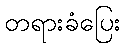
တရားခံပြေး